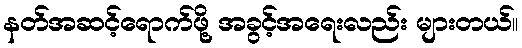
နတ်အဆင့်ရောက်ဖို့ အခွင့်အရေးလည်း များတယ်။